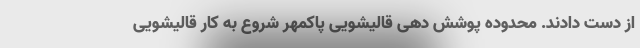
از دست دادند. محدوده پوشش دهی قالیشویی پاکمهر شروع به کار قالیشویی